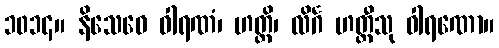
၁၀၁၄။ နိသေဓေ ဝါရဏံ၊ ဟတ္ထိ၊ လိင်္ဂ ဟတ္ထီသု ဝါရဏော။